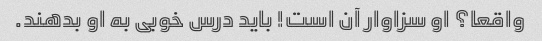
واقعا؟ او سزاوار آن است! باید درس خوبی به او بدهند.